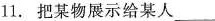
11.把某物展示给某人___